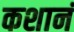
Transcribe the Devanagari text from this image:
कशानं